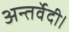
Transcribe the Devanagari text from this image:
अन्तर्वेदी।